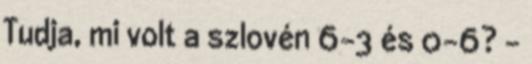
Tudja, mi volt a szlovén 6-3 és 0-6? -